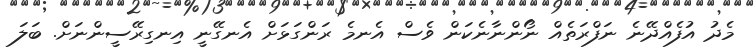
މެދު އުފެއްދޭނެ ނަފްރަތެއް ނޯންނާނެކަން ވެސް އެނމެ ރަންގަޅަށް އެނގޭނީ އިނގިރޭސީންނަށް. ބަލަ